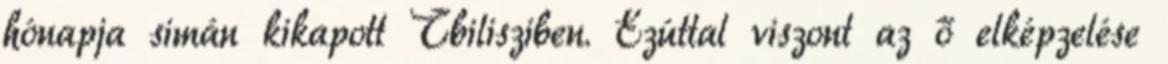
hónapja simán kikapott Tbilisziben. Ezúttal viszont az ő elképzelése